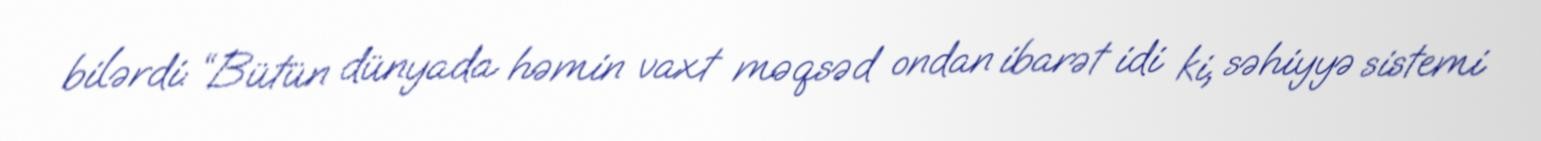
bilərdi: “Bütün dünyada həmin vaxt məqsəd ondan ibarət idi ki, səhiyyə sistemi